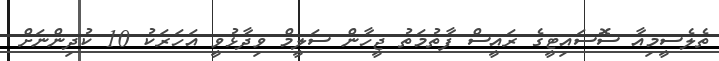
ތެލެސީމިއާ ސޮސައިޓީގެ ރައީސް ފާތުމަތު ޖީހާން ސަލީމް ވިދާޅުވީ އަހަރަކު 10 ކުދިންނަށް